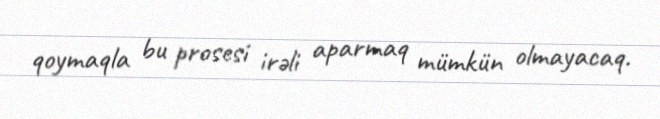
qoymaqla bu prosesi irəli aparmaq mümkün olmayacaq.